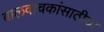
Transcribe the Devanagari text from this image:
बालवाचकांसाठीचा